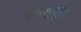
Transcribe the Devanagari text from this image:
धामूपुर